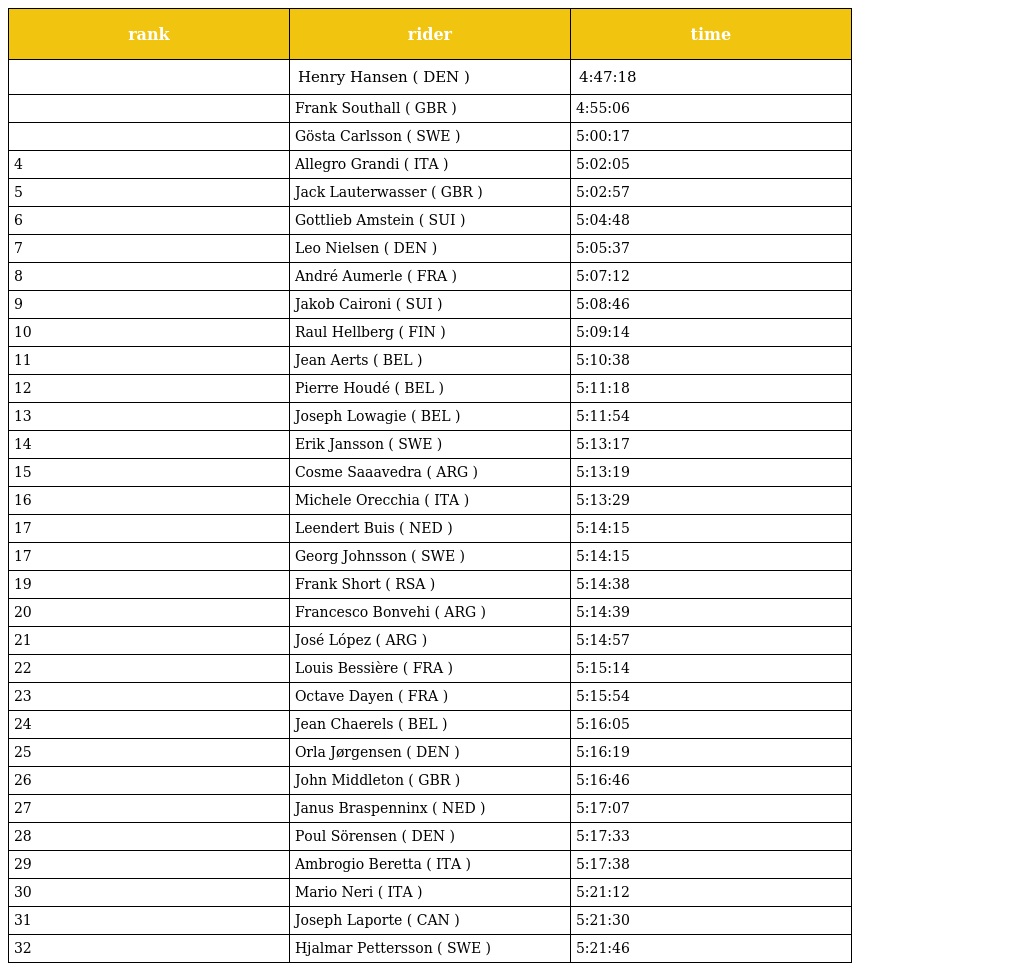
| rank | rider | time |
 | --- | --- | --- |
 |  | Henry Hansen ( DEN ) | 4:47:18 |
 |  | Frank Southall ( GBR ) | 4:55:06 |
 |  | Gösta Carlsson ( SWE ) | 5:00:17 |
 | 4 | Allegro Grandi ( ITA ) | 5:02:05 |
 | 5 | Jack Lauterwasser ( GBR ) | 5:02:57 |
 | 6 | Gottlieb Amstein ( SUI ) | 5:04:48 |
 | 7 | Leo Nielsen ( DEN ) | 5:05:37 |
 | 8 | André Aumerle ( FRA ) | 5:07:12 |
 | 9 | Jakob Caironi ( SUI ) | 5:08:46 |
 | 10 | Raul Hellberg ( FIN ) | 5:09:14 |
 | 11 | Jean Aerts ( BEL ) | 5:10:38 |
 | 12 | Pierre Houdé ( BEL ) | 5:11:18 |
 | 13 | Joseph Lowagie ( BEL ) | 5:11:54 |
 | 14 | Erik Jansson ( SWE ) | 5:13:17 |
 | 15 | Cosme Saaavedra ( ARG ) | 5:13:19 |
 | 16 | Michele Orecchia ( ITA ) | 5:13:29 |
 | 17 | Leendert Buis ( NED ) | 5:14:15 |
 | 17 | Georg Johnsson ( SWE ) | 5:14:15 |
 | 19 | Frank Short ( RSA ) | 5:14:38 |
 | 20 | Francesco Bonvehi ( ARG ) | 5:14:39 |
 | 21 | José López ( ARG ) | 5:14:57 |
 | 22 | Louis Bessière ( FRA ) | 5:15:14 |
 | 23 | Octave Dayen ( FRA ) | 5:15:54 |
 | 24 | Jean Chaerels ( BEL ) | 5:16:05 |
 | 25 | Orla Jørgensen ( DEN ) | 5:16:19 |
 | 26 | John Middleton ( GBR ) | 5:16:46 |
 | 27 | Janus Braspenninx ( NED ) | 5:17:07 |
 | 28 | Poul Sörensen ( DEN ) | 5:17:33 |
 | 29 | Ambrogio Beretta ( ITA ) | 5:17:38 |
 | 30 | Mario Neri ( ITA ) | 5:21:12 |
 | 31 | Joseph Laporte ( CAN ) | 5:21:30 |
 | 32 | Hjalmar Pettersson ( SWE ) | 5:21:46 |